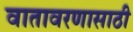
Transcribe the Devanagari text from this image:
वातावरणासाठी